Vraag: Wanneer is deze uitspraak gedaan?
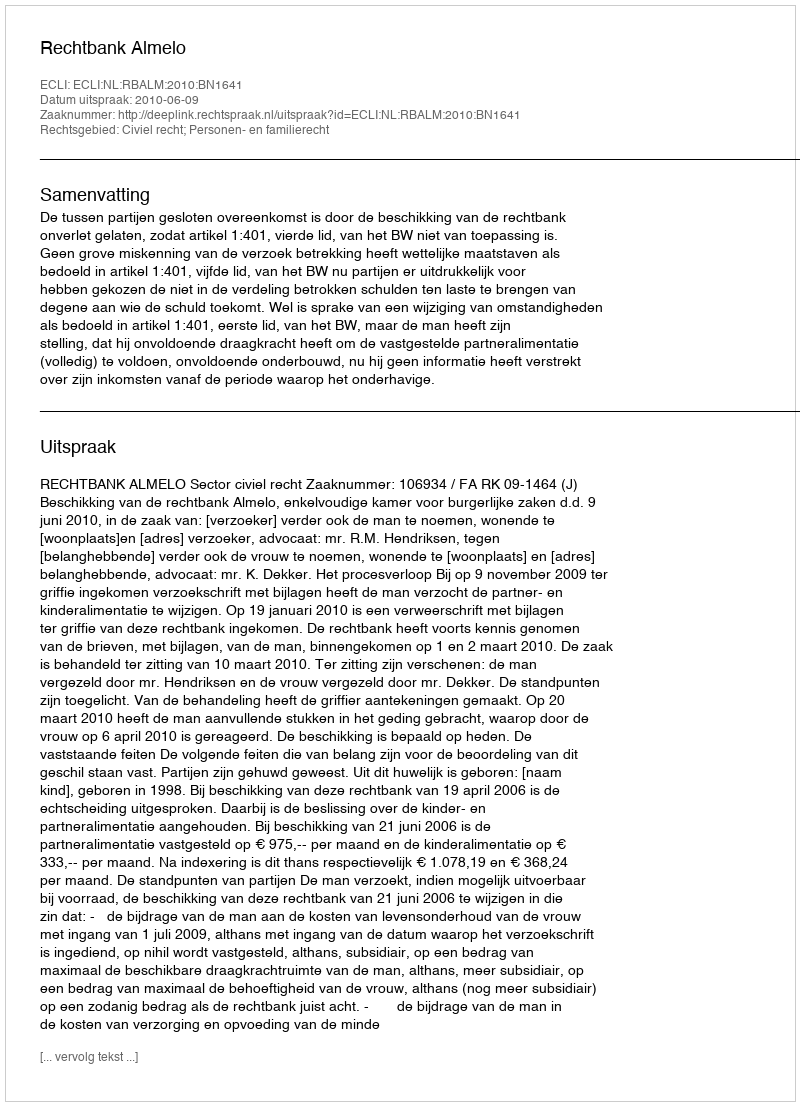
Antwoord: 2010-06-09